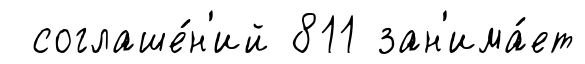
соглаше́н'ий 811 зан'има́ет